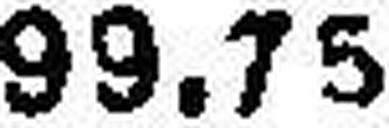
99.75